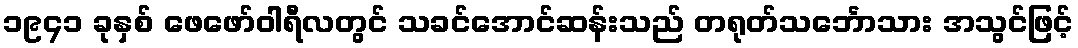
၁၉၄၁ ခုနှစ် ဖေဖော်ဝါရီလတွင် သခင်အောင်ဆန်းသည် တရုတ်သင်္ဘောသား အသွင်ဖြင့်